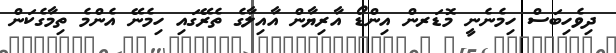
ދިވެހިބަސް ހިމެނެނީ މޮޑަރން އިންޑޯ އާރިޔާން އާއިލާގެ ތެރޭގައި ހިމެނޭ އެންމެ ތިމާގެކަން